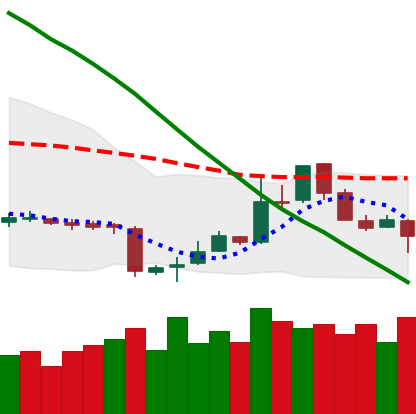
Ticker: LTC-USD
Chart end date: 2018-11-11
Forward return: -17.339%
Label: down_7plus